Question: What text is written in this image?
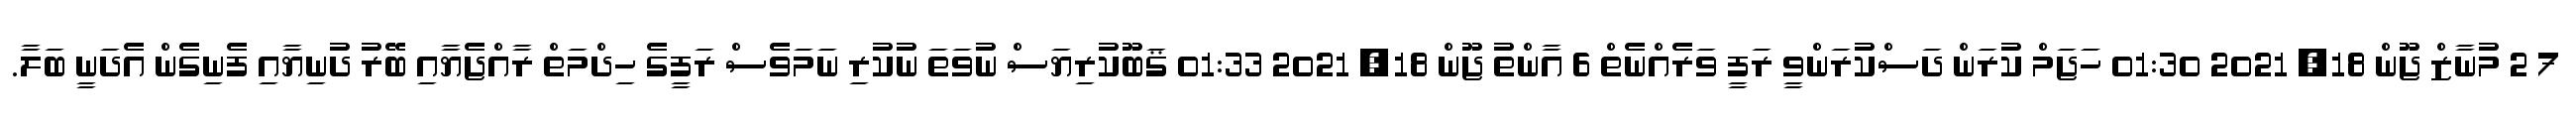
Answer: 7 2 މުނާޒް ޖޫން 18, 2021 01:30 ހަަޖަމް ކުރަން ދަސްކުރަންވީ ރަފީ ވަރެއްނެތް 6 އާންތު ޖޫން 18, 2021 01:33 ޤަބޫކުރިޔަސް ނުވަތަ ނުކުރި ނަމަވެސް ރަފީގެ ހިދްމަތް ރާއްޖެޔާއި ބޭރު ދުނިޔާއި ފެނިގެން އެދަނީ ބަލާ.